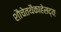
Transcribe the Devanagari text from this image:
शौचेतथैकाहेसद्यः